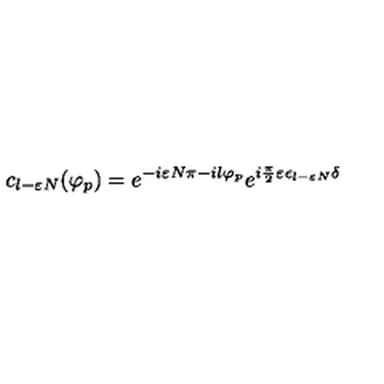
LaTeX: c _ { l - \varepsilon N } ( \varphi _ { p } ) = e ^ { - i \varepsilon N \pi - i l \varphi _ { p } } e ^ { i { \frac { \pi } { 2 } } \varepsilon \epsilon _ { l - \varepsilon N } \delta }